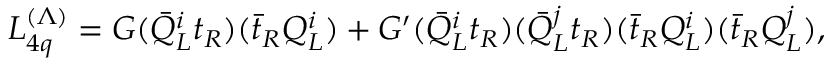
{ \cal { L } } _ { 4 q } ^ { ( \Lambda ) } = G ( { \bar { Q } } _ { L } ^ { i } t _ { R } ) ( { \bar { t } } _ { R } Q _ { L } ^ { i } ) + G ^ { \prime } ( { \bar { Q } } _ { L } ^ { i } t _ { R } ) ( { \bar { Q } } _ { L } ^ { j } t _ { R } ) ( { \bar { t } } _ { R } Q _ { L } ^ { i } ) ( { \bar { t } } _ { R } Q _ { L } ^ { j } ) ,